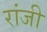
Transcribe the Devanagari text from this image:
रांजी